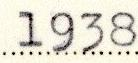
1938